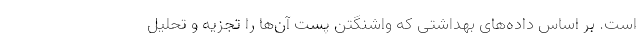
است. بر اساس داده‌های بهداشتی که واشنگتن پست آن‌ها را تجزیه و تحلیل